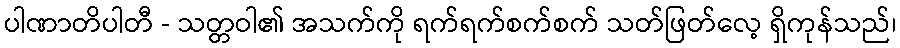
ပါဏာတိပါတီ - သတ္တဝါ၏ အသက်ကို ရက်ရက်စက်စက် သတ်ဖြတ်လေ့ ရှိကုန်သည်၊